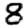
Digit: 8